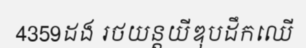
4359ដង រថយន្តយីឌុបដឹកឈើ